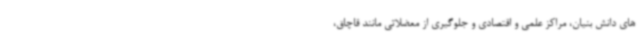
های دانش بنیان، مراکز علمی و اقتصادی و جلوگیری از معضلاتی مانند قاچاق،